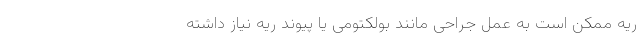
ریه ممکن است به عمل جراحی مانند بولکتومی یا پیوند ریه نیاز داشته